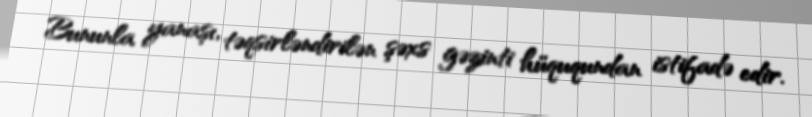
Bununla yanaşı, təqsirləndirilən şəxs gəzinti hüququndan istifadə edir.